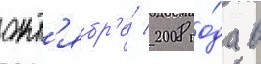
окт'ябр'е́ 2008 го́да в